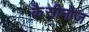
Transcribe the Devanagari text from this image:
कैसीनोज़